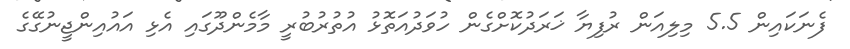
ފެނަކައިން 5.5 މިލިއަން ރުފިޔާ ޚަރަދުކޮށްގެން ހުވަދުއަތޮޅު އުތުރުބުރީ މާމެންދޫގައި އެޅި އައުއިންޖީނުގޭގެ